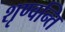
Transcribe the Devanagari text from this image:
शृण्वन्ति